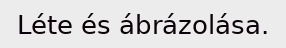
Léte és ábrázolása.